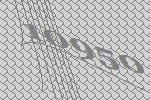
10950